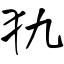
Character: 犰